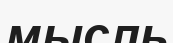
мысль